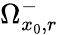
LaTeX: \Omega_{x_{0},r}^{-}